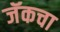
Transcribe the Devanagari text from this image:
जॅकचा